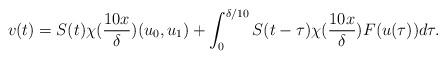
LaTeX: \begin{align*}v(t) = S(t) \chi(\frac{10 x}{\delta})(u_{0}, u_{1}) + \int_{0}^{\delta/10} S(t - \tau) \chi(\frac{10 x}{\delta}) F(u(\tau)) d\tau.\end{align*}